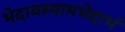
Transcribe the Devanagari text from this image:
भेदावस्थामभेदाभं